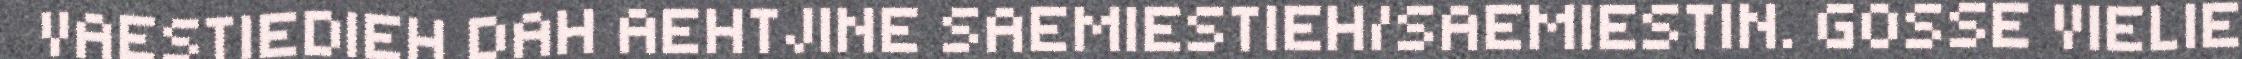
VAESTIEDIEH DAH AEHTJINE SAEMIESTIEH/SAEMIESTIN. GOSSE VIELIE